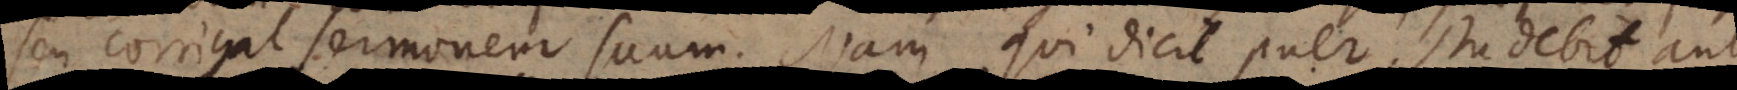
seu corrigat sermonem suum. Nam qui dicit puer studebit aut